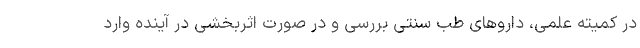
در کمیته علمی، داروهای طب سنتی بررسی و در صورت اثربخشی در آینده وارد